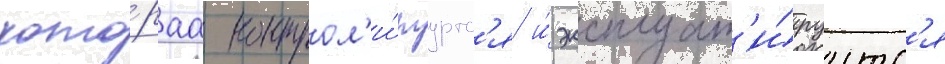
кото́раа контрол'и́руутс'я и́ эксплуат'и́руутс'я